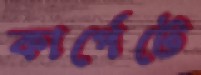
কার্পেটে